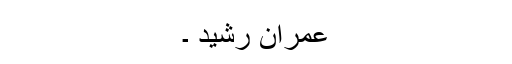
عمران رشید ۔